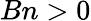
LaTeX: Bn>0